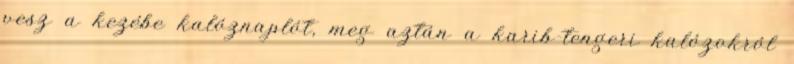
vesz a kezébe kalóznaplót, meg aztán a karib-tengeri kalózokról